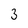
Character: 3